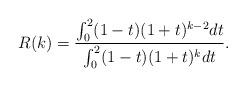
LaTeX: \begin{align*}R(k)=\frac{\int_{0}^{2}(1-t)(1+t)^{k-2}dt}{\int_{0}^{2}(1-t)(1+t)^{k}dt}.\end{align*}